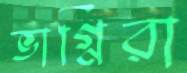
ভাগ্নিরা